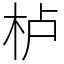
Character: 栌